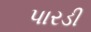
પારડી